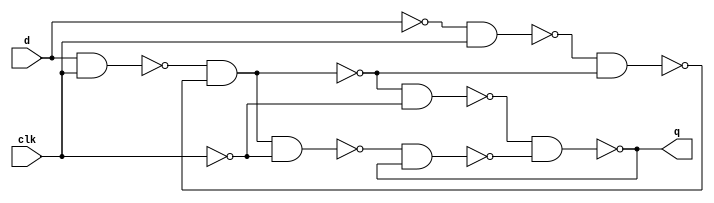
/* Mdulo Template */
`ifndef _DLatch_
`define _DLatch_

module DLatch (q, d, clk);
  input d,clk;
  output q;
  wire w1;

  nand nand_1(w2,d,clk);
  not not_0(w1,d);
  nand nand_3(w4,w1,clk);

  nand nand_2(w5,w2,w3);
  nand nand_4(w3,w4,w5);
  not not_1(w7,clk);

  nand nand_5(w8,w5,w7);
  not not_2(w6,w5);
  nand nand_7(w9,w6,w7);

  nand nand_6(q,w8,w10);
  nand nand_8(w10,w9,q);

endmodule
`endif